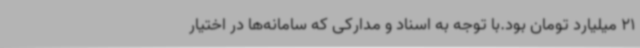
21 میلیارد تومان بود.با توجه به اسناد و مدارکی که سامانه‌ها در اختیار